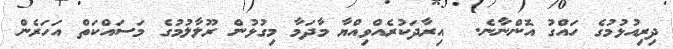
ދިރިއުޅުމުގެ ހައްގު އޮންނާނެ.  އިރާދަކުރެއްވިއްޔާ މާދަމާ މިގުޅުން ރޫލާލުމުގެ މަސައްކަތް އަހަރެން